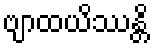
ဗျာထယိဿန္တိ